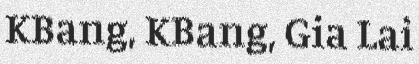
KBang, KBang, Gia Lai